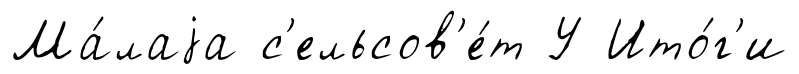
Ма́лаjа с'ельсов'е́т У Ито́г'и